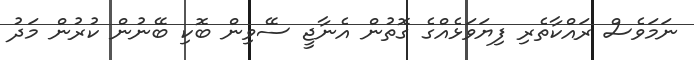
ނަމަވެސް ރައްކާތެރި ފިޔަވަޅެއްގެ ގޮތުން އެނާޖީ ސޭވިން ބޮކި ބޭނުން ކުރުން މަދު